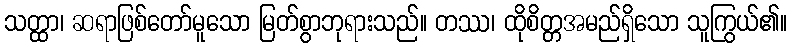
သတ္ထာ၊ ဆရာဖြစ်တော်မူသော မြတ်စွာဘုရားသည်။ တဿ၊ ထိုစိတ္တအမည်ရှိသော သူကြွယ်၏။